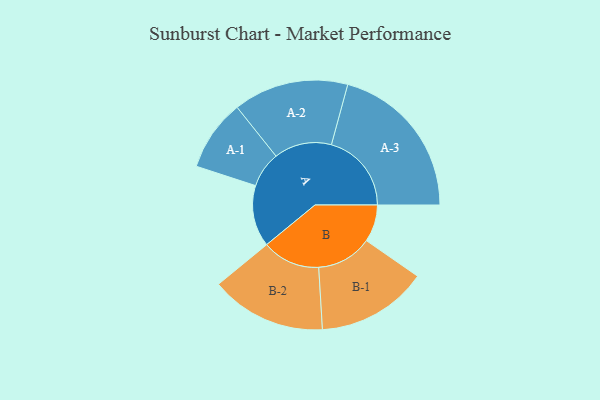
{"axis": {"x": "Segment", "y": "Value"}, "legend": ["", "A", "B"], "data": [{"x": "A", "y": 205, "type": ""}, {"x": "B", "y": 124, "type": ""}, {"x": "A-1", "y": 119, "type": "A"}, {"x": "A-2", "y": 192, "type": "A"}, {"x": "A-3", "y": 267, "type": "A"}, {"x": "B-1", "y": 185, "type": "B"}, {"x": "B-2", "y": 193, "type": "B"}]}